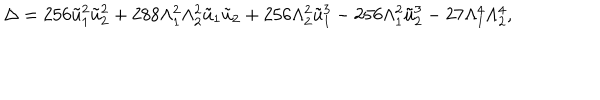
LaTeX: \Delta = 2 5 6 \tilde { u } _ { 1 } ^ { 2 } \tilde { u } _ { 2 } ^ { 2 } + 2 8 8 \Lambda _ { 1 } ^ { 2 } \Lambda _ { 2 } ^ { 2 } \tilde { u } _ { 1 } \tilde { u } _ { 2 } + 2 5 6 \Lambda _ { 2 } ^ { 2 } \tilde { u } _ { 1 } ^ { 3 } - 2 5 6 \Lambda _ { 1 } ^ { 2 } \tilde { u } _ { 2 } ^ { 3 } - 2 7 \Lambda _ { 1 } ^ { 4 } \Lambda _ { 2 } ^ { 4 } ,